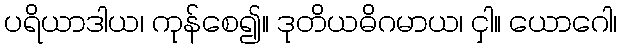
ပရိယာဒါယ၊ ကုန်စေ၍။ ဒုတိယဓိဂမာယ၊ ငှါ။ ယောဂေါ၊